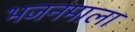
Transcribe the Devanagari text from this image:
भजनमाला